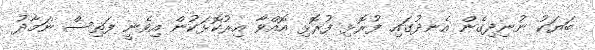
ބަޔަކު ނުނިދިގެން އެނދުގައި ފުރޮޅި ފުރޮޅި އޮއްވާ އިރުކޮޅަކުން އިވެނީ ފަތިސް ނަމާދު